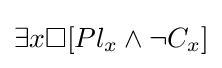
\exists {x}\Box [Pl_{x}\land \neg C_{x}]